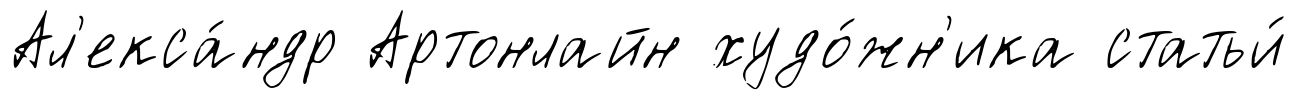
Ал'екса́ндр Артонлайн худо́жн'ика статьи́